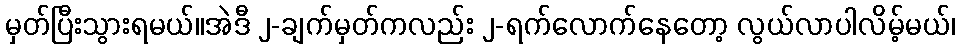
မှတ်ပြီးသွားရမယ်။အဲဒီ ၂-ချက်မှတ်ကလည်း ၂-ရက်လောက်နေတော့ လွယ်လာပါလိမ့်မယ်၊